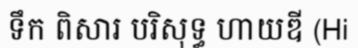
ទឹក ពិសារ បរិសុទ្ធ ហាយឌី (Hi